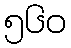
၅၆၀